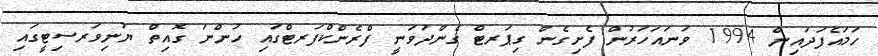
ހަމައެފަދައިން 1994 ވަނައަހަރުން ފެށިގެން ގިޕަރޓް ގެންދަވަނީ ފްރެންކްފަރޓްގައި ހުންނަ ގޮއިތް ޔުނިވަރސިޓީގައި